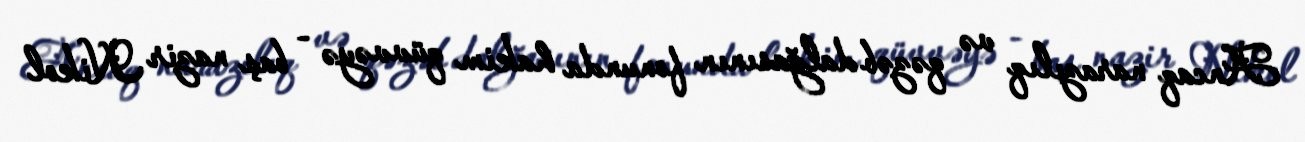
Ancaq narazılıq və qəzəb dalğasının fonunda hakim qüvvəyə - baş nazir Nikol